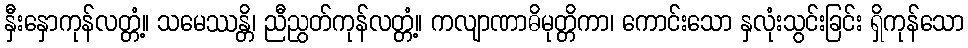
နှီးနှောကုန်လတ္တံ့။ သမေဿန္တိ၊ ညီညွတ်ကုန်လတ္တံ့။ ကလျာဏာဓိမုတ္တိကာ၊ ကောင်းသော နှလုံးသွင်းခြင်း ရှိကုန်သော